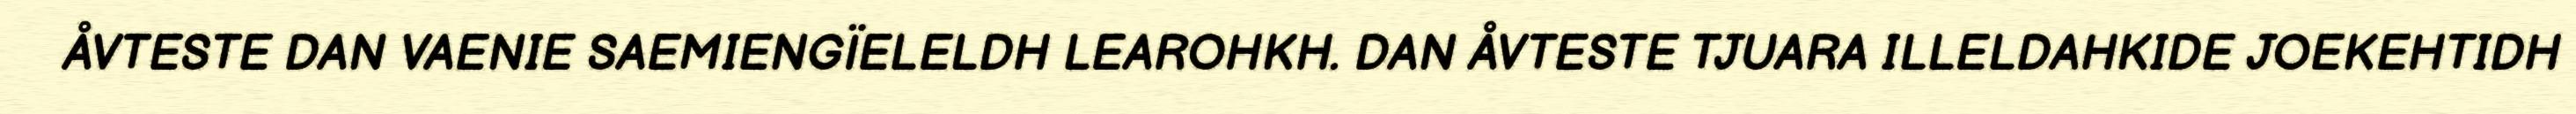
ÅVTESTE DAN VAENIE SAEMIENGÏELELDH LEAROHKH. DAN ÅVTESTE TJUARA ILLELDAHKIDE JOEKEHTIDH